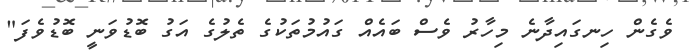
ވެގެން ހިނގައިދާނެ މިހާރު ވެސް ބައެއް ގައުމުތަކުގެ ތެލުގެ އަގު ބޮޑުވަނީ ބޮޑުވެފަ"